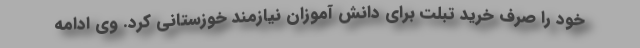
خود را صرف خرید تبلت برای دانش آموزان نیازمند خوزستانی کرد. وی ادامه